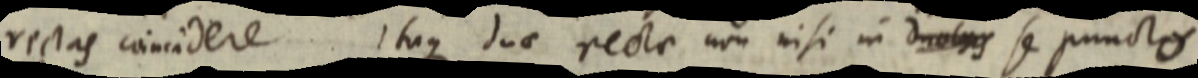
rectas coincidere. Itaque duae rectae non nisi in duobus se puncto